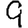
Digit: 9